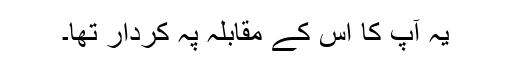
یہ آپؑ کا اس کے مقابلہ پہ کردار تھا۔